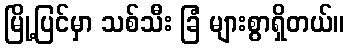
မြို့ပြင်မှာ သစ်သီး ခြံ များစွာရှိတယ်။